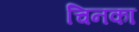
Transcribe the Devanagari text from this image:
चिनका